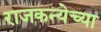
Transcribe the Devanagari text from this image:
राजकन्येच्या